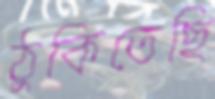
ঠুকিতেছি